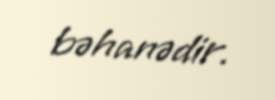
bəhanədir.